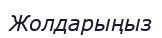
Жолдарыңыз